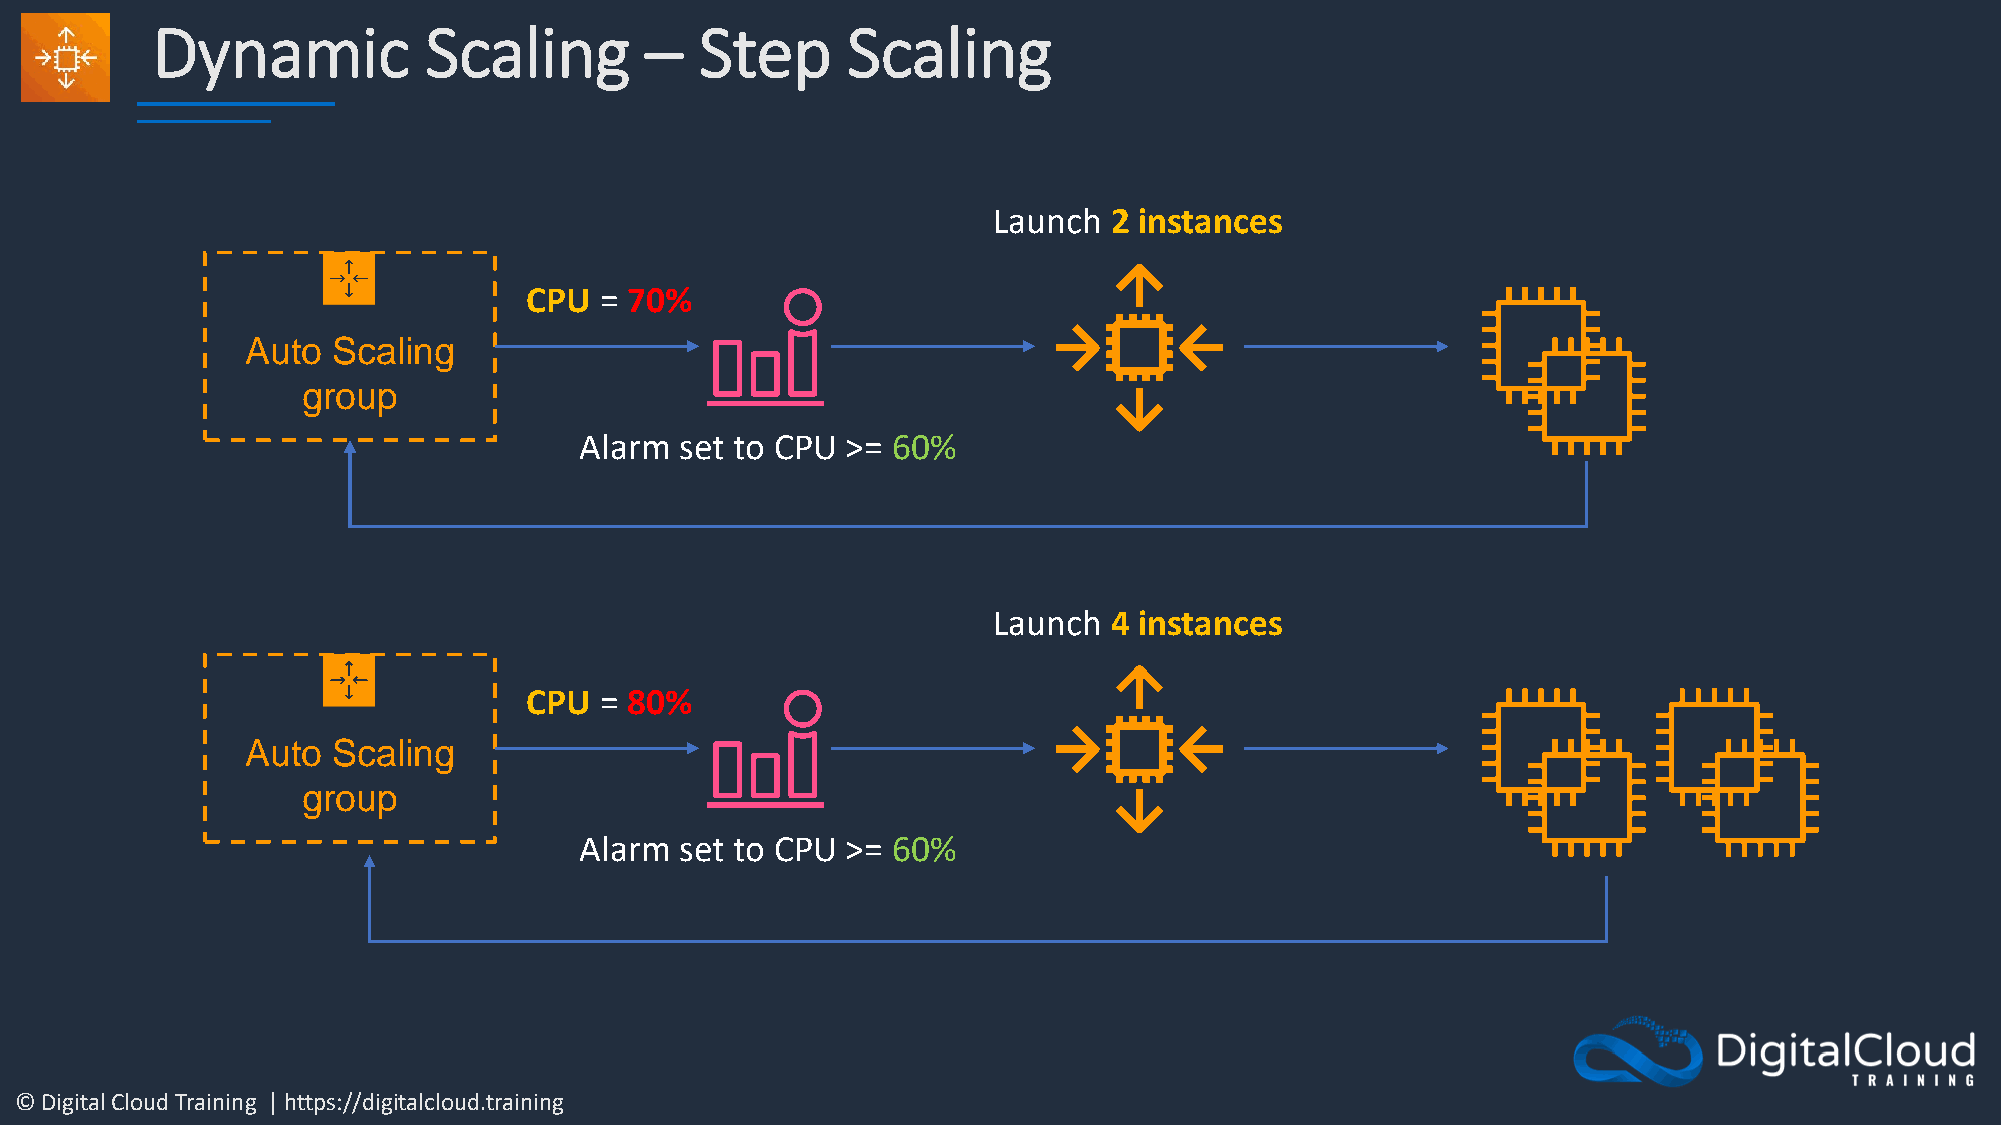
Dynamic           Scaling        –  Step      Scaling
 Launch  2 instances
 CPU  = 70%
 Auto  Scaling
 group
 Alarm  set to CPU >= 60%
 Launch  4 instances
 CPU  = 80%
 Auto  Scaling
 group
 Alarm  set to CPU >= 60%
 © Digital Cloud Training | https://digitalcloud.training